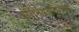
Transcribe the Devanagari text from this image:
अतिनवताऱ्यांच्या